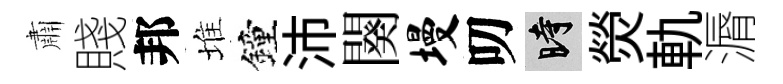
肅賤邦堆鐘沛闋墁叨时熒軌漘